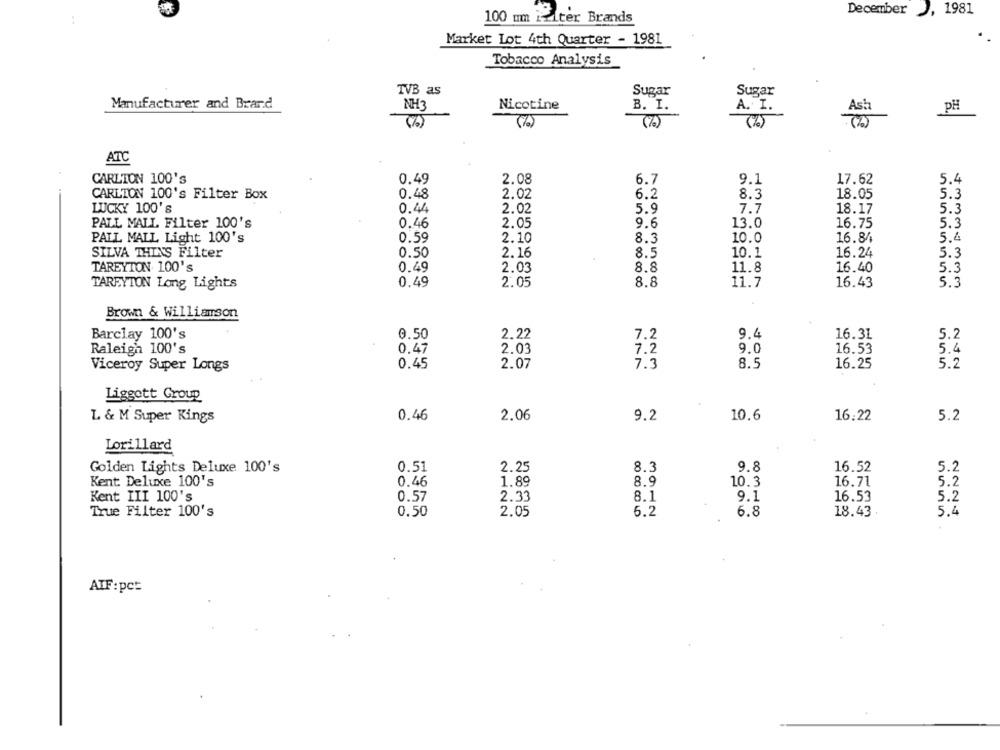
December , 1981
100 mm ifiter Brands
Market Lot 4th Quarter - 1981
Tobacco Analysis
TVB as
Sugar
Sugar
Manufacturer and Brard
NH3
Nicotine
B. I.
A. I.
PH
(7)
ATC
CARLTON 100's
0.49
2.08
6.7
9.1
17.62
5.4
CARLTON 100's Filter Box
0.48
2.02
6.2
8.3
18.05
5.3
LUCKY 100's
0.44
2.02
5.9
7.7
18.17
5.3
PALL MALL Filter 100's
0.46
2.05
9.6
13.0
16.75
5.3
PALL MALL Light 100's
0.59
2.10
8.3
10.0
16.84
5.4
SILVA THINS Filter
0.50
2.16
8.5
10.1
16.24
5.3
TAREYTON 100's
0.49
2.03
8.8
11.8
16.40
5.3
TAREYTON Long Lights
0.49
2.05
8.8
11.7
16.43
5.3
Brown & Williamson
Barclay 100's
0.50
2.22
7.2
9.4
16.31
5.2
Raleigh 100's
0.47
2.03
7.2
9.0
16.53
.4
Viceroy Super Longs
0.45
2.07
7.3
8.5
16.25
5.2
Liggott Group
L & M Super Kings
0.46
2.06
9.2
10,6
16,22
5.2
Lorillard
Golden Lights Deluxe 100's
0.51
2.25
8.3
9.8
16.52
5.2
Kent: Deluxe 100's
0.46
1.89
8.9
10.3
16.71
5.2
Kent III 100's
0.57
2.33
8.1
9.1
16.53
5.2
2.05
5.4
True Filter 100's
0.50
6.2
6.8
18.43
ATF: pct